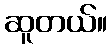
ဆူတယ်။